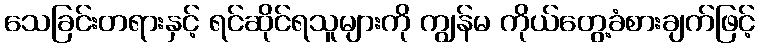
သေခြင်းတရားနှင့် ရင်ဆိုင်ရသူများကို ကျွန်မ ကိုယ်တွေ့ခံစားချက်ဖြင့်